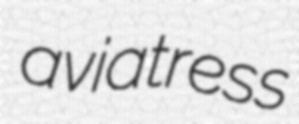
aviatress